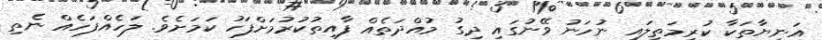
އަނިޔާތަކާ ކުރިމަތިލައި ނުހަނު ވޭނުގައި ދިގު މުއްދަތެއް ފާއިތުކުރުމަށްފަހު ކަމަށެވެ. ލަހެއްފަހެއް ނެތި